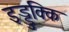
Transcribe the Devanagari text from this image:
इड्डुक्कि